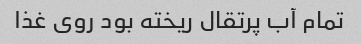
تمام آب پرتقال ریخته بود روی غذا